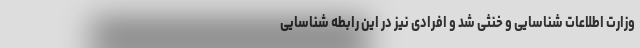
وزارت اطلاعات شناسایی و خنثی شد و افرادی نیز در این رابطه شناسایی